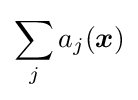
\sum _{j}a_{j}({\boldsymbol {x}})